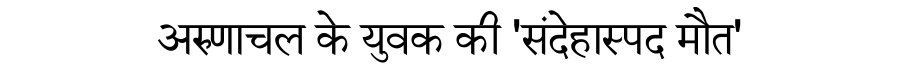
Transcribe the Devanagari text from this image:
अरुणाचल के युवक की 'संदेहास्पद मौत'